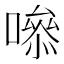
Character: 𭋁